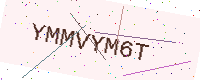
Text: YMMVYM6T